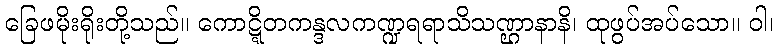
ခြေဖမိုးရိုးတို့သည်။ ကောဋ္ဋိတကန္ဒလကဏ္ဍရရာသိသဏ္ဌာနာနိ၊ ထုဖွပ်အပ်သော။ ဝါ၊